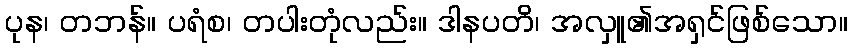
ပုန၊ တဘန်။ ပရံစ၊ တပါးတုံလည်း။ ဒါနပတိ၊ အလှူ၏အရှင်ဖြစ်သော။